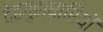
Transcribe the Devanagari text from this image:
देहगुहाधारियों